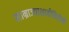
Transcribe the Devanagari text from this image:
साम्राज्याशाहीविरोधी